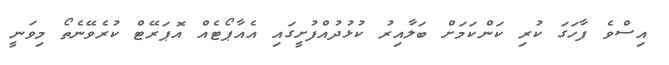
އިސްވެ ފާހަގަ ކުރި ކަންކަމަށް ބަލާއިރު ކުޅުދުއްފުށީގައި އެއާޕޯޓެއް އޮޕަރޭޓް ކުރެވޭނެތޯ މިވަނީ